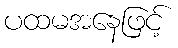
ပထမအနေဖြင့်